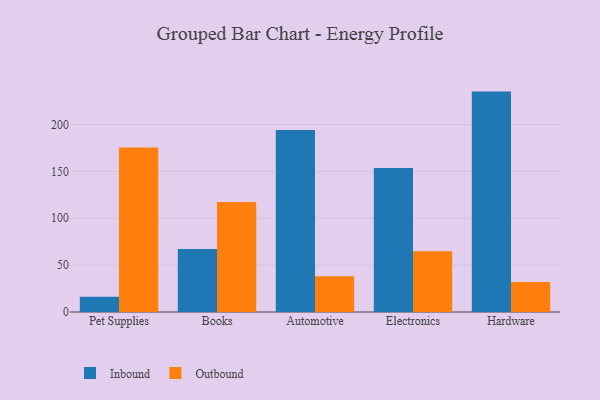
{"axis": {"x": "Category", "y": "Market Share (%)"}, "legend": ["Inbound", "Outbound"], "data": [{"x": "Pet Supplies", "y": 16.4, "type": "Inbound"}, {"x": "Pet Supplies", "y": 175.4, "type": "Outbound"}, {"x": "Books", "y": 67.1, "type": "Inbound"}, {"x": "Books", "y": 117.3, "type": "Outbound"}, {"x": "Automotive", "y": 194.2, "type": "Inbound"}, {"x": "Automotive", "y": 38.2, "type": "Outbound"}, {"x": "Electronics", "y": 153.7, "type": "Inbound"}, {"x": "Electronics", "y": 64.7, "type": "Outbound"}, {"x": "Hardware", "y": 235.1, "type": "Inbound"}, {"x": "Hardware", "y": 32.0, "type": "Outbound"}]}